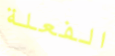
الفعلة